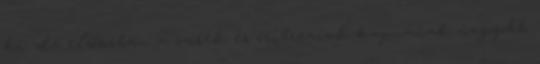
ki, de elsősorban a szírek és eritreaiak kapnának nagyobb